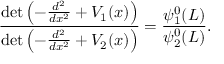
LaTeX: { \frac { \operatorname* { d e t } \left( - { \frac { d ^ { 2 } } { d x ^ { 2 } } } + V _ { 1 } ( x ) \right) } { \operatorname* { d e t } \left( - { \frac { d ^ { 2 } } { d x ^ { 2 } } } + V _ { 2 } ( x ) \right) } } = { \frac { \psi _ { 1 } ^ { 0 } ( L ) } { \psi _ { 2 } ^ { 0 } ( L ) } } .